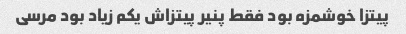
پیتزا خوشمزه بود فقط پنیر پیتزاش یکم زیاد بود مرسی